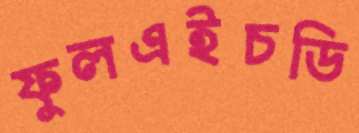
ফুলএইচডি